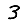
Digit: 3